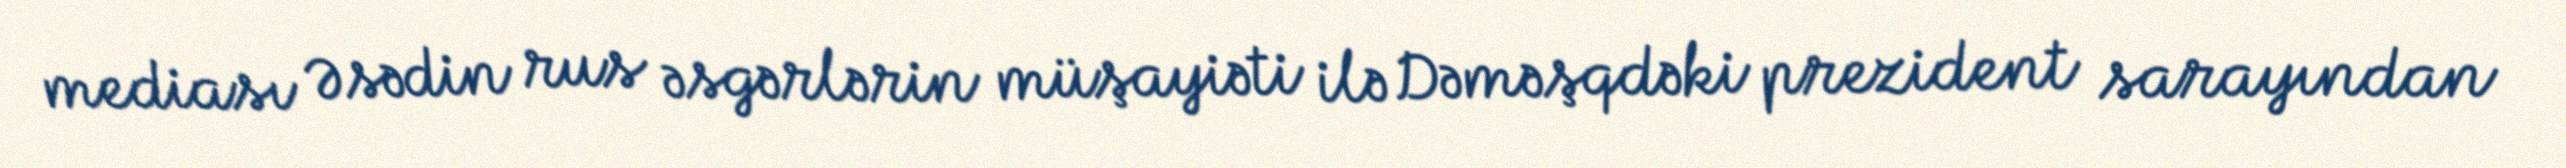
mediası Əsədin rus əsgərlərin müşayiəti ilə Dəməşqdəki prezident sarayından